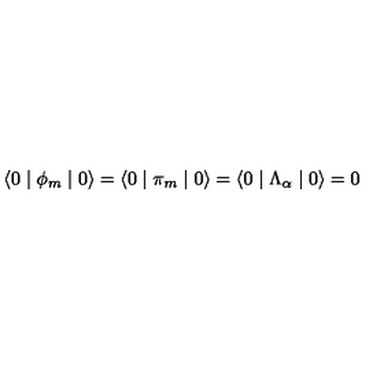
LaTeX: \langle 0 \mid \phi _ { m } \mid 0 \rangle = \langle 0 \mid \pi _ { m } \mid 0 \rangle = \langle 0 \mid \Lambda _ { \alpha } \mid 0 \rangle = 0